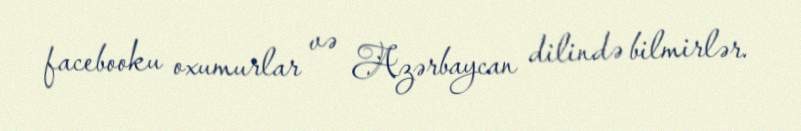
facebooku oxumurlar və Azərbaycan dilində bilmirlər.